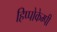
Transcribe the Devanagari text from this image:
हिप्पोकेम्पी